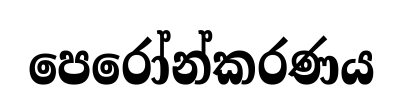
පෙරෝන්කරණය